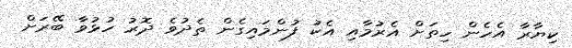
ކިޔާރާ އެހެން ހިތަށް އެރުމާއި އެކު ފުންމައިގެން ތެދުވެ ދޮރު ހުޅުވާ ބޭރަށް